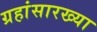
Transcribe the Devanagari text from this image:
ग्रहांसारख्या